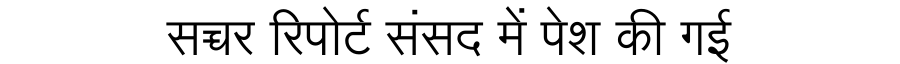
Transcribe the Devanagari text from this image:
सच्चर रिपोर्ट संसद में पेश की गई